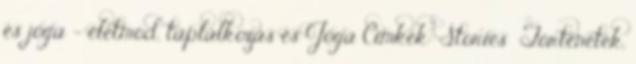
és jóga - életmód, táplálkozás és Jóga Címkék: Stories Történetek,